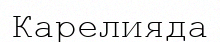
Карелияда